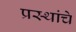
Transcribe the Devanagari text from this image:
प्रस्थांचे